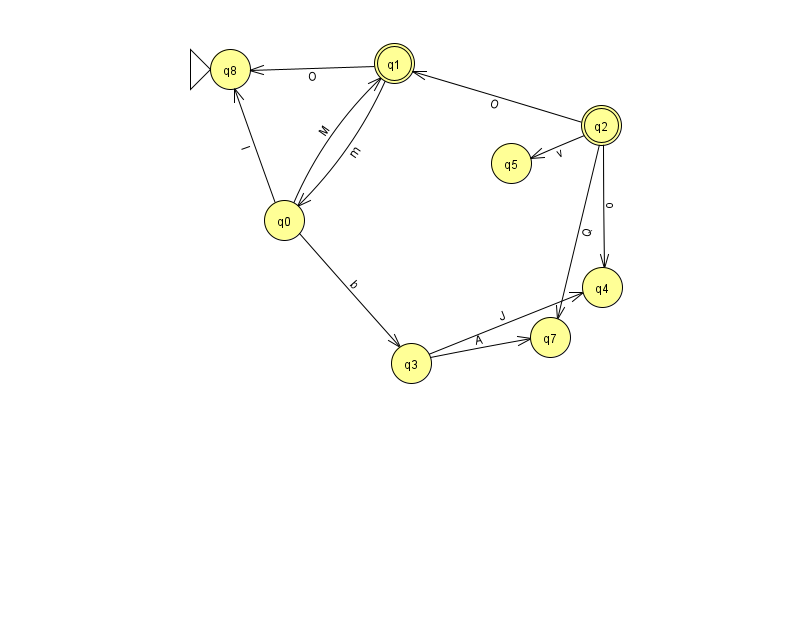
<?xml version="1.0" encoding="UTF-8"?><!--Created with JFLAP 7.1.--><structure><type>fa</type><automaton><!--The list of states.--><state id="0" name="q0"><x>284.0</x><y>207.0</y></state><state id="1" name="q1"><x>394.0</x><y>50.0</y><final/></state><state id="2" name="q2"><x>601.0</x><y>112.0</y><final/></state><state id="3" name="q3"><x>411.0</x><y>350.0</y></state><state id="4" name="q4"><x>602.0</x><y>274.0</y></state><state id="5" name="q5"><x>511.0</x><y>150.0</y></state><state id="7" name="q7"><x>550.0</x><y>324.0</y></state><state id="8" name="q8"><x>230.0</x><y>56.0</y><initial/></state><!--The list of transitions.--><transition><from>0</from><to>8</to><read>l</read></transition><transition><from>3</from><to>4</to><read>J</read></transition><transition><from>0</from><to>1</to><read>M</read></transition><transition><from>1</from><to>0</to><read>m</read></transition><transition><from>2</from><to>1</to><read>O</read></transition><transition><from>2</from><to>5</to><read>v</read></transition><transition><from>3</from><to>7</to><read>A</read></transition><transition><from>0</from><to>3</to><read>b</read></transition><transition><from>1</from><to>8</to><read>O</read></transition><transition><from>2</from><to>4</to><read>o</read></transition><transition><from>2</from><to>7</to><read>Q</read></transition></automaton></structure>